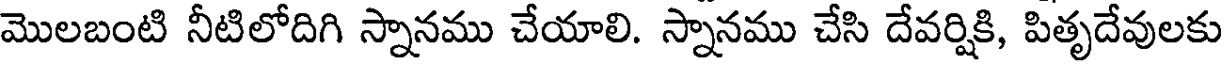
మొలబంటి నీటిలోదిగి స్నానము చేయాలి. స్నానము చేసి దేవర్షికి, పితృదేవులకు